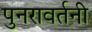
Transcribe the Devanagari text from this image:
पुनरावर्तनी